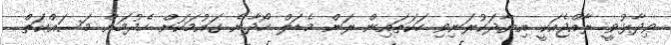
ވިދާޅުވީ ރާއްޖެއަކީ އިޔާދަކުރަނިވި ހަކަތައިން ރަން މެޑަލް ހޯދާނެ ގައުމަކަށް ހެދުމަށް މަސައްކަތް